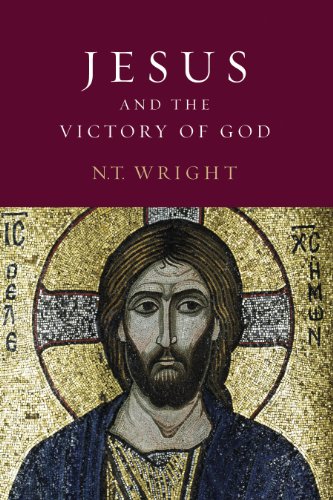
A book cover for Jesus and the Victory of God (Christian Origins and the Question of God, Volume 2); N. T. Wright; Christian Books & Bibles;